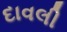
દાવલી